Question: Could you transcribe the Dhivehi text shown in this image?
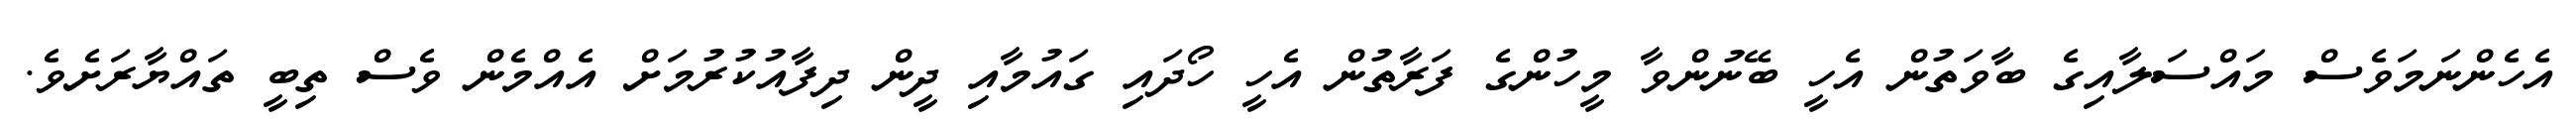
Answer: އެހެންނަމަވެސް މައްސަލާއިގެ ބާވަތުން އެހީ ބޭނުންވާ މީހުންގެ ފަރާތުން އެހީ ހޯދައި ގައުމާއި ދީން ދިފާއުކުރުމަށް އެއްމެން ވެސް ތިބީ ތައްޔާރަށެވެ.